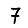
Digit: 7